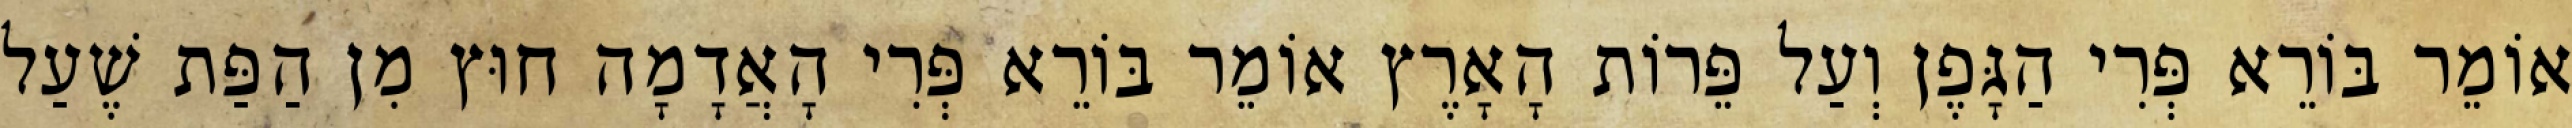
אוֹמֵר בּוֹרֵא פְּרִי הַגָּפֶן וְעַל פֵּרוֹת הָאָרֶץ אוֹמֵר בּוֹרֵא פְּרִי הָאֲדָמָה חוּץ מִן הַפַּת שֶׁעַל